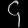
Digit: ၄